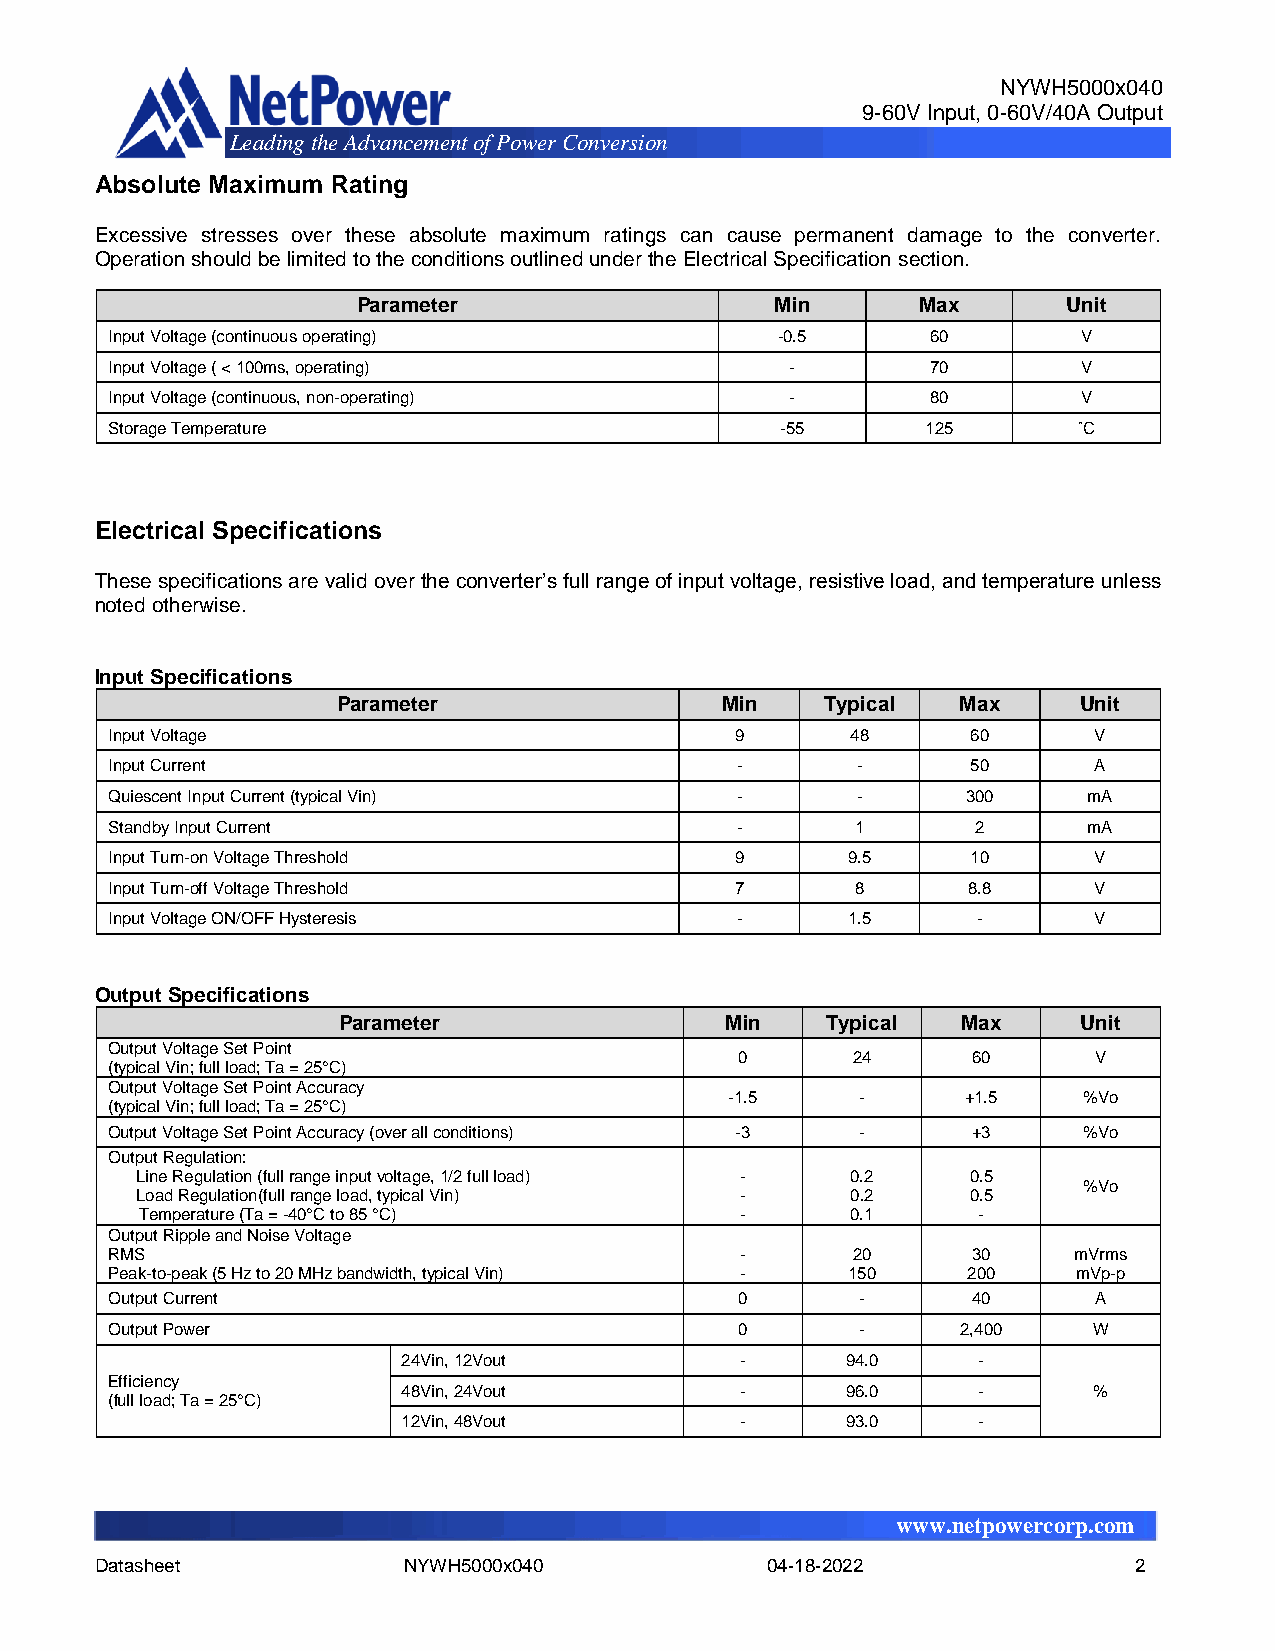
NYWH5000x040
 9-60V Input, 0-60V/40A Output
 Leading the Advancement of Power Conver sion
 Absolute Maximum Rating
 Excessive stresses over these absolute maximum ratings can cause permanent damage to the converter.
 Operation should be limited to the conditions outlined under the Electrical Specification section.
 Parameter                  Min       Max       Unit
 Input Voltage (continuous operating)         -0.5      60        V
 Input Voltage ( < 100ms, operating)          -         70        V
 Input Voltage (continuous, non-operating)    -         80        V
 Storage Temperature                          -55      125       ˚C
 Electrical Specifications
 These specifications are valid over the converter’s full range of input voltage, resistive load, and temperature unless
 noted otherwise.
 Input Specifications
 Parameter                 Min    Typical  Max    Unit
 Input Voltage                             9      48      60      V
 Input Current                             -       -      50      A
 Quiescent Input Current (typical Vin)     -       -      300     mA
 Standby Input Current                     -       1       2      mA
 Input Turn-on Voltage Threshold           9      9.5     10      V
 Input Turn-off Voltage Threshold          7       8      8.8     V
 Input Voltage ON/OFF Hysteresis           -      1.5      -      V
 Output Specifications
 Parameter                 Min    Typical  Max     Unit
 Output Voltage Set Point
 0      24      60      V
 (typical Vin; full load; Ta = 25°C)
 Output Voltage Set Point Accuracy
 -1.5     -      +1.5    %Vo
 (typical Vin; full load; Ta = 25°C)
 Output Voltage Set Point Accuracy (over all conditions) -3 - +3  %Vo
 Output Regulation:
 Line Regulation (full range input voltage, 1/2 full load) - 0.2 0.5
 %Vo
 Load Regulation(full range load, typical Vin) - 0.2    0.5
 Temperature (Ta = -40°C to 85 °C)       -      0.1      -
 Output Ripple and Noise Voltage
 RMS                                       -      20      30     mVrms
 Peak-to-peak (5 Hz to 20 MHz bandwidth, typical Vin) - 150 200  mVp-p
 Output Current                            0       -      40      A
 Output Power                              0       -      2,400   W
 24Vin, 12Vout         -      94.0     -
 Efficiency
 48Vin, 24Vout         -      96.0     -      %
 (full load; Ta = 25°C)
 12Vin, 48Vout         -      93.0     -
 www.netpowercorp.com
 Datasheet            NYWH5000x040            04-18-2022              2